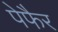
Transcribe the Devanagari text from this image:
पेफैर